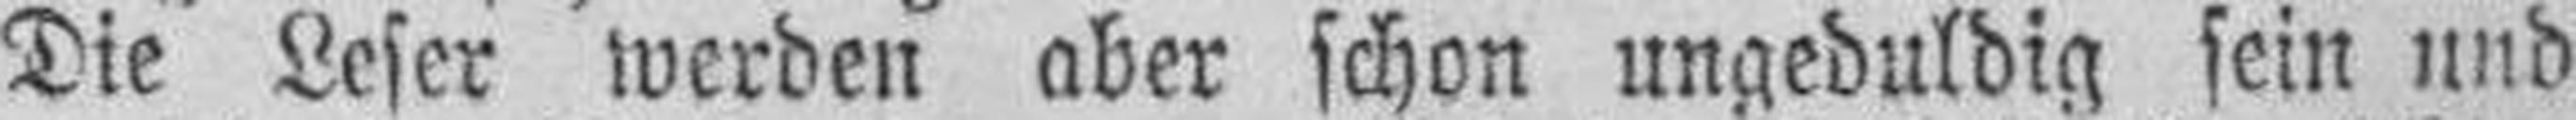
Die Leser werden aber schon ungeduldig sein und